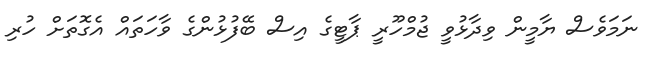
ނަމަވެސް ޔާމީން ވިދާޅުވީ ޖުމްހޫރީ ޕާޓީގެ އިސް ބޭފުޅުންގެ ވާހަތައް އެގޮތަށް ހުރި